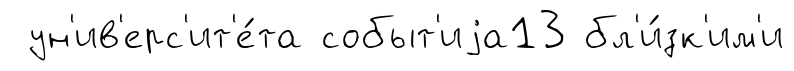
ун'ив'ерс'ит'е́та событ'иjа13 бл'и́зк'им'и